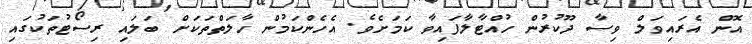
އޮން އެރައިވަލް ވިސާ ދޫކުރުން ހުއްޓާލާފައިވާ ކަމަށެވެ. އެހެންކަމުން ހާލަތްތަކަށް ބަލައި ރިސޯޓުތަކުގައި